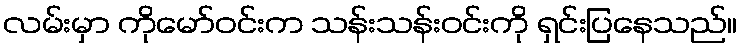
လမ်းမှာ ကိုမော်ဝင်းက သန်းသန်းဝင်းကို ရှင်းပြနေသည်။